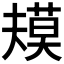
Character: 𰱴